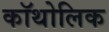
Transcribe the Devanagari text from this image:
कॉथोलिक